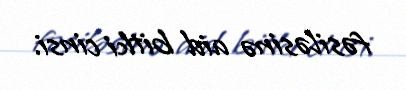
fəsiləsinə aid bitki cinsi.